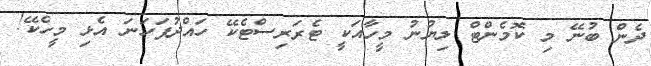
ދެން ބުނޭ މި ކޮމެންޓް ލިޔުނު މީހާއަކީ ޓެރަރިސްޓެކޭ ހައްދުފަހަނަ އެޅި މީހެކޭ!